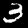
Label: 3